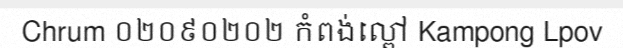
Chrum ០២០៩០២០២ កំពង់ល្ពៅ Kampong Lpov